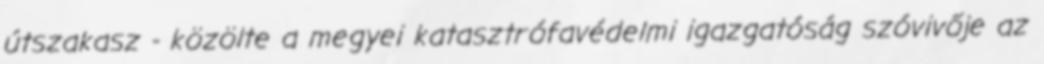
útszakasz - közölte a megyei katasztrófavédelmi igazgatóság szóvivője az